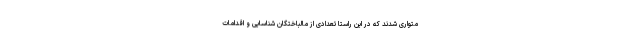
متواری شدند که در این راستا تعدادی از مالباختگان شناسایی و اقدامات